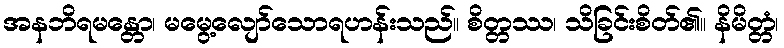
အနဘိရမန္တော၊ မမွေ့လျော်သောရဟန်းသည်။ စိတ္တဿ၊ သိခြင်းစိတ်၏။ နိမိတ္တံ၊